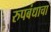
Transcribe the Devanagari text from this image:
रुपबंधाचा